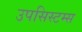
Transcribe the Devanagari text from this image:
उपसिस्टम्स